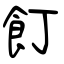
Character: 飣